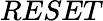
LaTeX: RESET